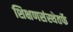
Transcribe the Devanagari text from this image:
शिक्षणसंस्थेतर्फे